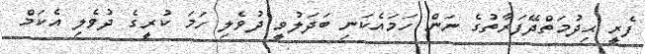
ފެރީ ޙިދުމަތްދޭފަރާތުގެ ނަން ހަމައެކަނި ބަދަލުވީ ދުވެލި ހަމަ ކުރީގެ ދުވެލި އެކަމް